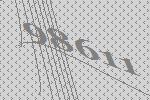
98611